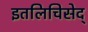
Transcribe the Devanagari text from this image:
इतलिचिसेद्